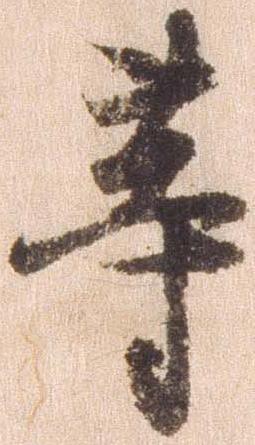
等